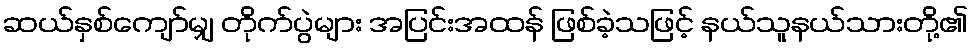
ဆယ်နှစ်ကျော်မျှ တိုက်ပွဲများ အပြင်းအထန် ဖြစ်ခဲ့သဖြင့် နယ်သူနယ်သားတို့၏